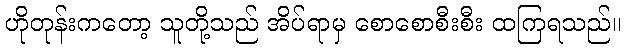
ဟိုတုန်းကတော့ သူတို့သည် အိပ်ရာမှ စောစောစီးစီး ထကြရသည်။